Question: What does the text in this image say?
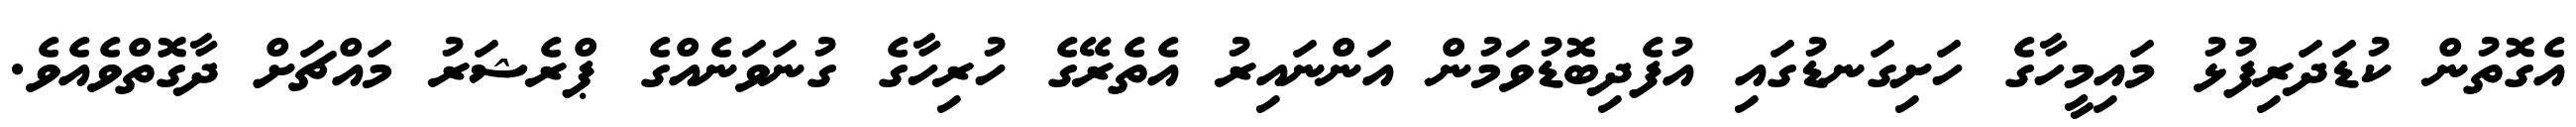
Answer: އެގޮތުން ކުޑަދަރިފުޅު މައިމީހާގެ ހަށިގަނޑުގައި އުފެދިބޮޑުވަމުން އަންނައިރު އެތެރޭގެ ހުރިހާގެ ގުނަވަނެއްގެ ޕްރެޝަރު މައްޗަށް ދާގޮތްވެއެވެ.